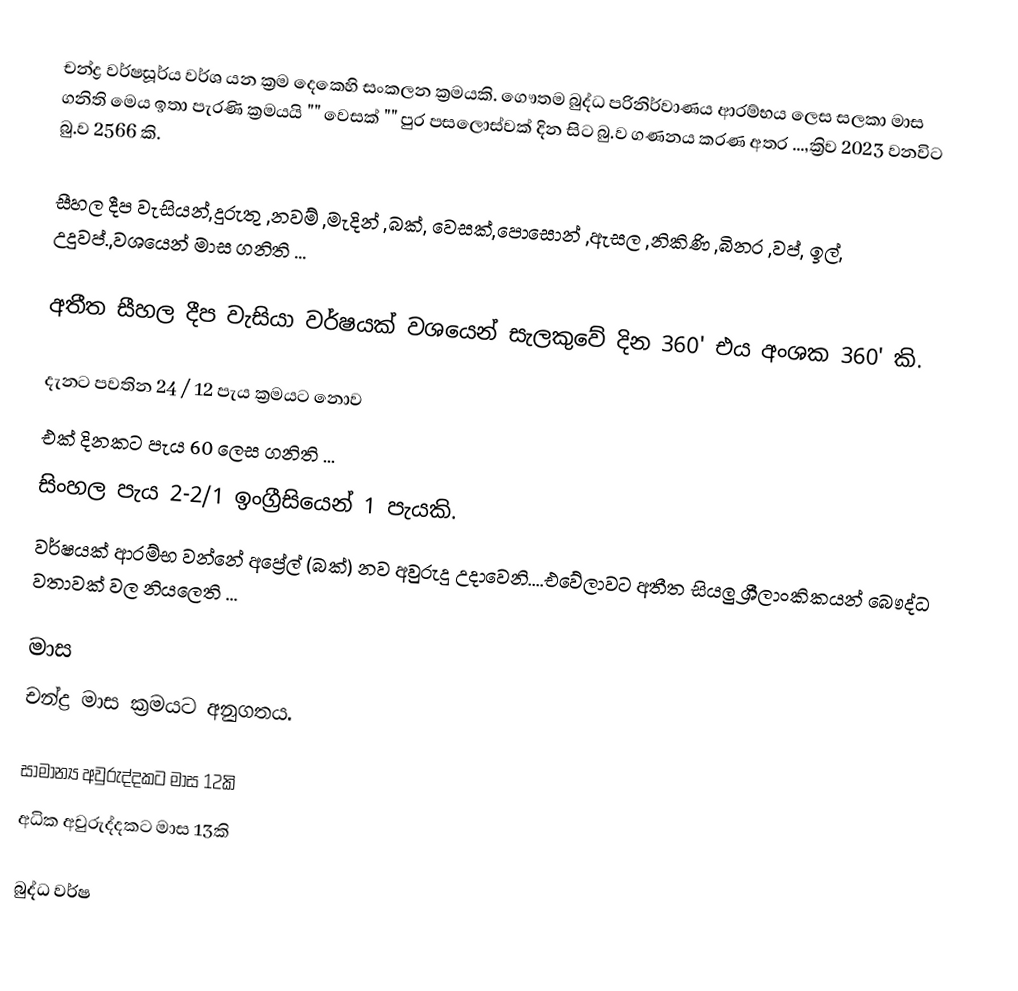
චන්ද්‍ර වර්ෂසූර්ය වර්ශ යන ක්‍රම දෙකෙහි සංකලන ක්‍රමයකි. ගෞතම බුද්ධ පරිනිර්වාණය ආරම්භය ලෙස සලකා මාස ගනිති  මෙය ඉතා පැරණි ක්‍රමයයි "" වෙසක් "" පුර පසලොස්වක් දින සිට බු.ව ගණනය කරණ අතර ...,ක්‍රිව 2023  වනවිට බු.ව 2566 කි.

සීහල දීප වැසියන්,දුරුතු ,නවම් ,මැදින් ,බක්, වෙසක්,පොසොන් ,ඇසල ,නිකිණි ,බිනර ,වප්, ඉල්, උදුවප්.,වශයෙන් මාස ගනිති ...

අතීත සීහල දීප වැසියා වර්ෂයක් වශයෙන් සැලකුවේ දින 360'   එය අංශක   360' කි.

දැනට පවතින 24 / 12 පැය ක්‍රමයට නොව
එක් දිනකට පැය 60 ලෙස ගනිති ...
සිංහල පැය 2-2/1 ඉංග්‍රීසියෙන් 1 පැයකි.
 වර්ෂයක් ආරම්භ වන්නේ අප්‍රේල් (බක්) නව අවුරුදු උදාවෙනි....එවේලාවට අතීත සියලු ශ්‍රීලාංකිකයන් බෞද්ධ වතාවක් වල නියලෙති ...

මාස
චන්ද්‍ර මාස ක්‍රමයට අනුගතය.

 සාමාන්‍ය අවුරුද්දකට මාස 12කි
 අධික අවුරුද්දකට මාස 13කි

බුද්ධ වර්ෂ